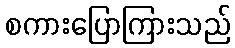
စကားပြောကြားသည်